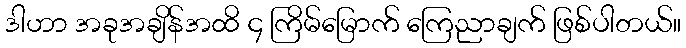
ဒါဟာ အခုအချိန်အထိ ၄ ကြိမ်မြောက် ကြေညာချက် ဖြစ်ပါတယ်။